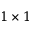
1 \times 1